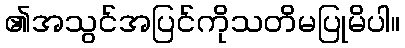
၏အသွင်အပြင်ကိုသတိမပြုမိပါ။